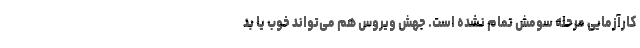
کارآزمایی مرحله سومش تمام نشده است. جهش ویروس هم می‌تواند خوب یا بد